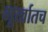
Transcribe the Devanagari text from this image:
मूर्खातच